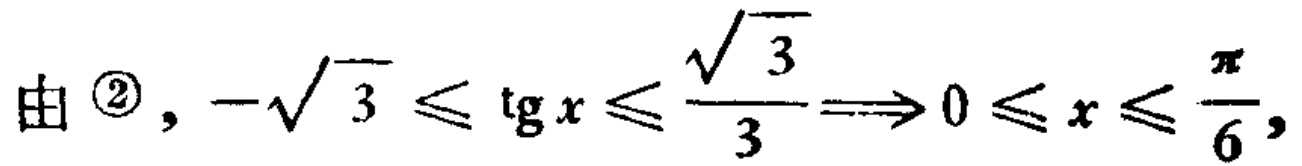
由 \textcircled{2}, \(-\sqrt{3} \leq \text{tg} x \leq \frac{\sqrt{3}}{3} \Longrightarrow 0 \leq x \leq \frac{\pi}{6},\)